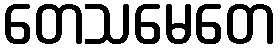
တေသမေတေ